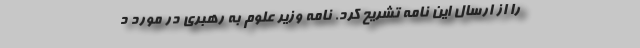
را از ارسال این نامه تشریح کرد. نامه وزیر علوم به رهبری در مورد د